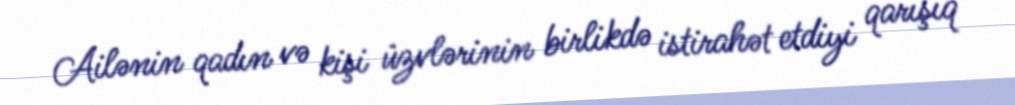
Ailənin qadın və kişi üzvlərinin birlikdə istirahət etdiyi qarışıq